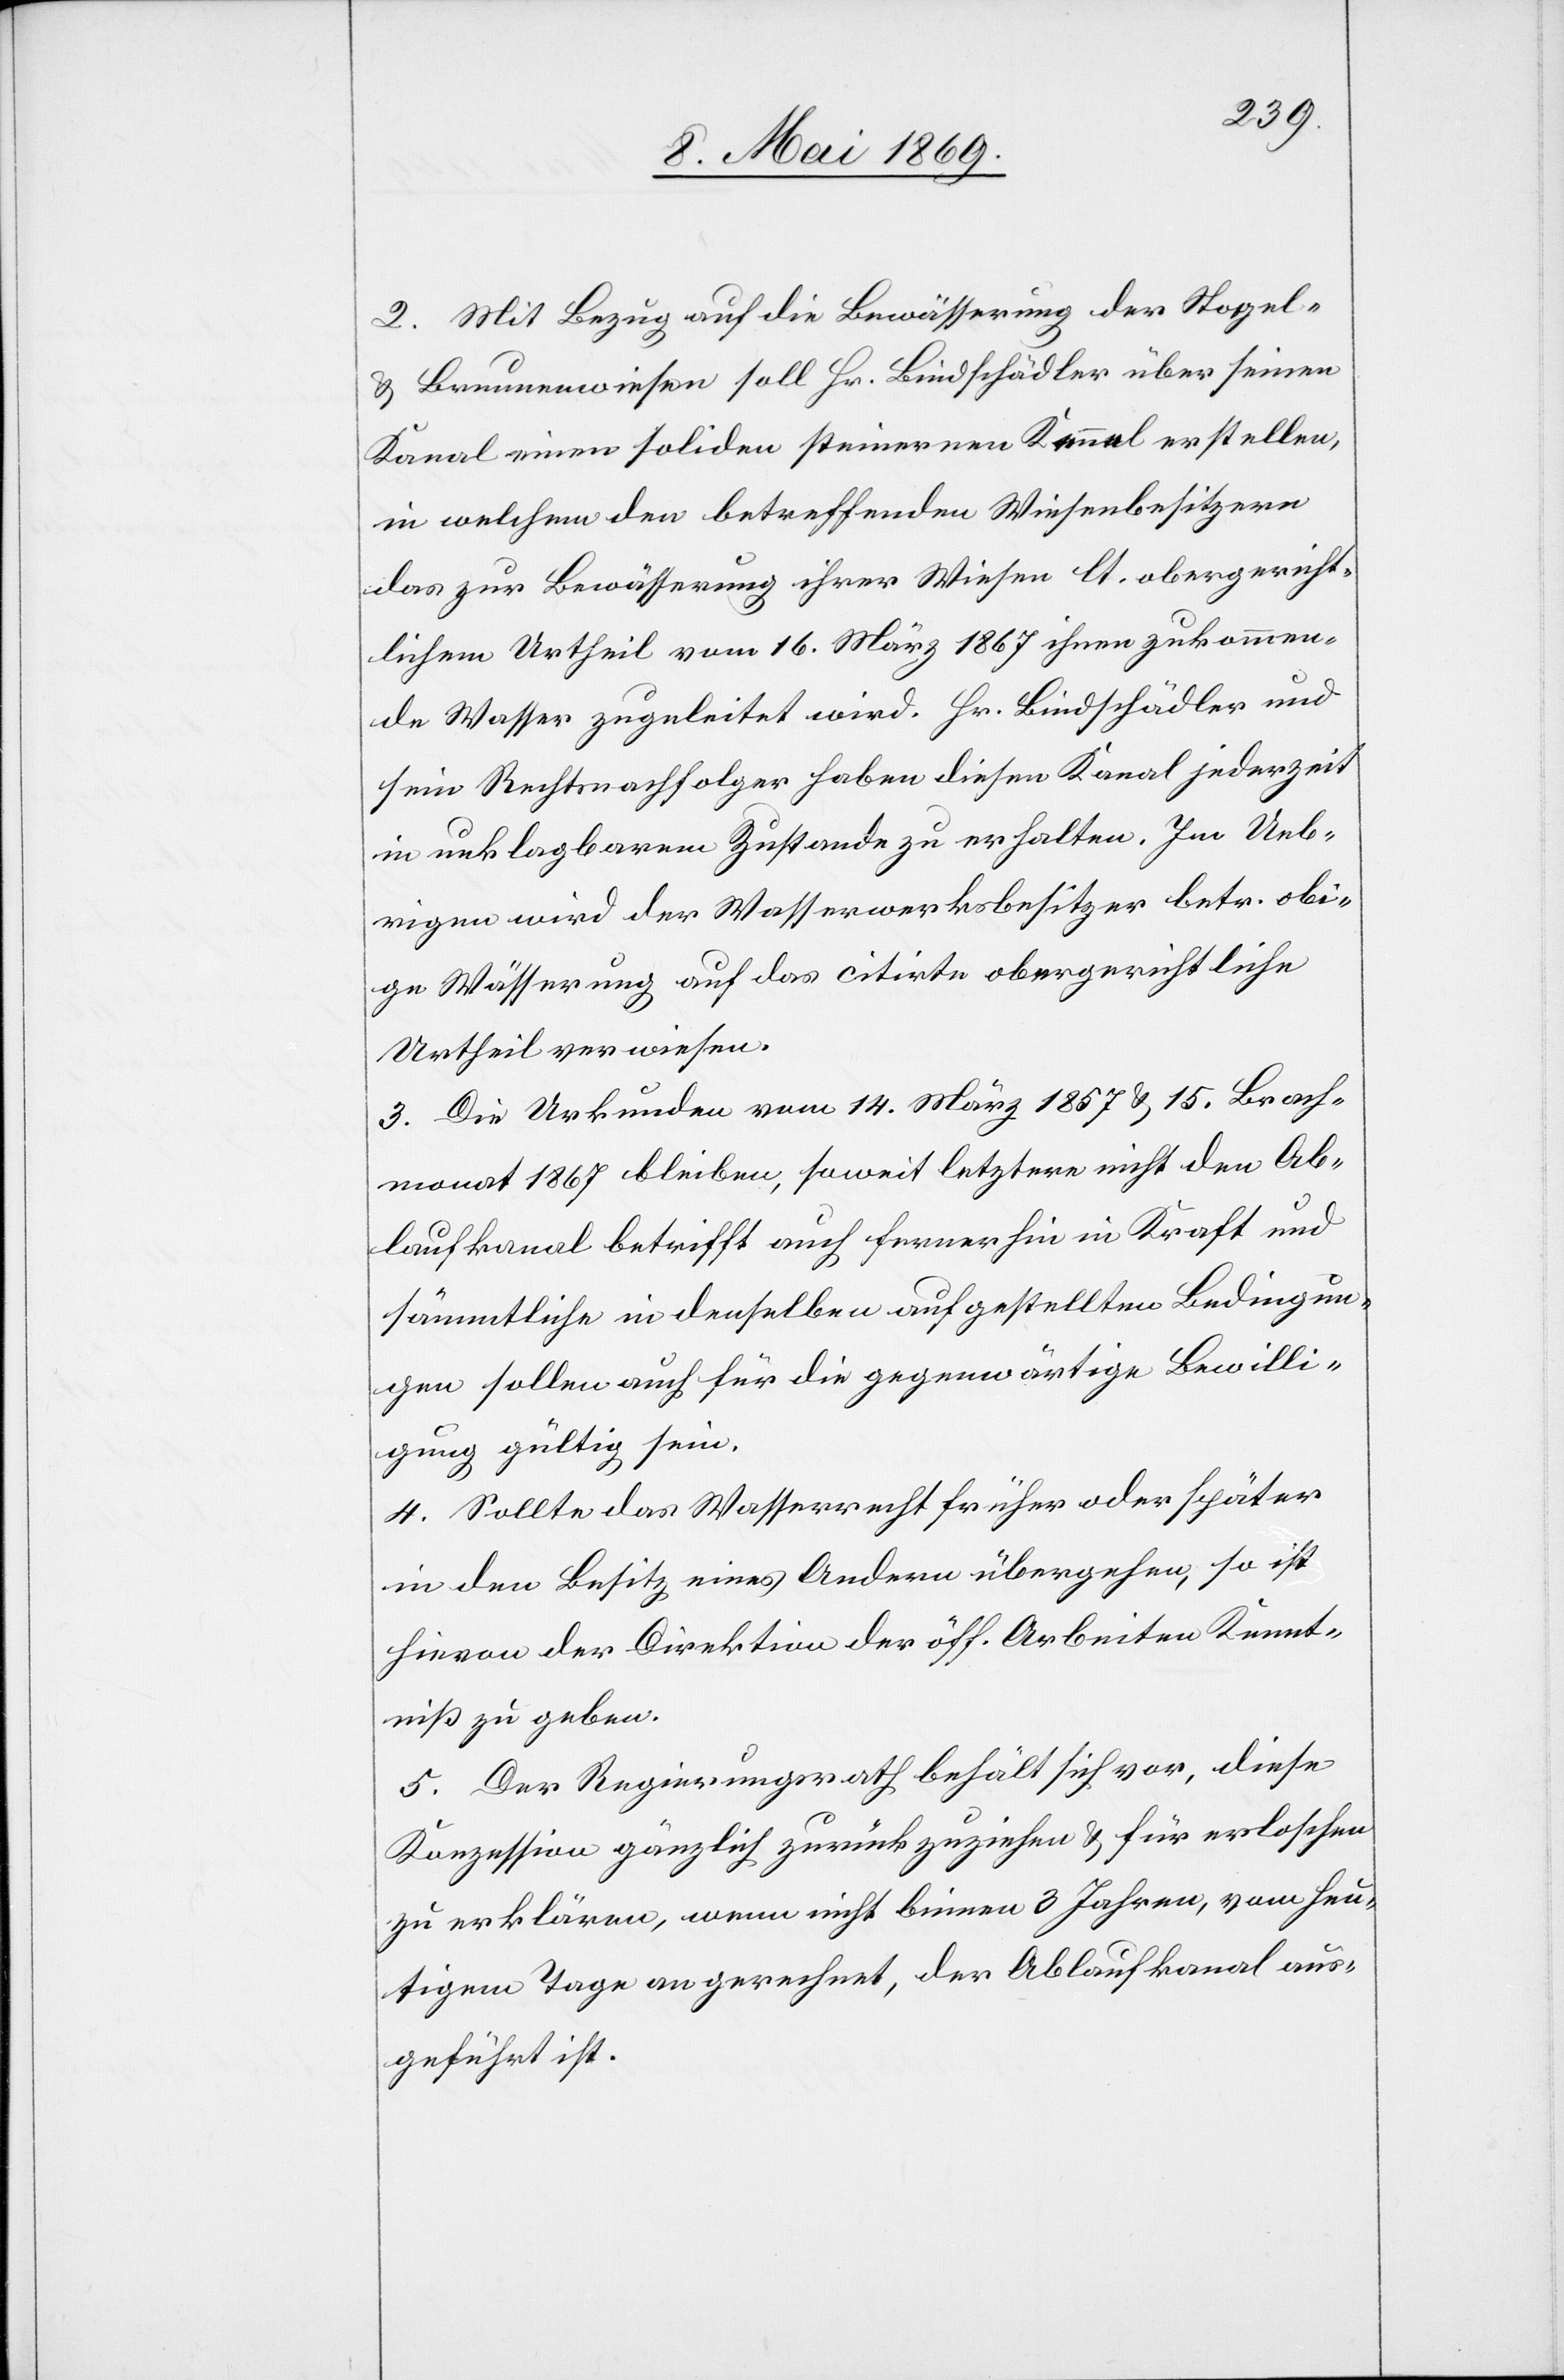
2. Mit Bezug auf die Bewässerung der Stogel-
u. Brunnenwiesen soll Hr. Bindschädler über seinen
Kanal einen soliden steinernen Kennel erstellen,
in welchem den betreffenden Wiesenbesitzern
das zur Bewässerung ihrer Wiesen lt. Obergericht¬
lichem Urtheil vom 16. März 1867 ihnen zukommen¬
de Wasser zugeleitet wird. Hr. Bindschädler und
sein Rechtsnachfolger haben diesen Kanal jederzeit
in unklagbarem Zustande zu erhalten. Im Ueb¬
rigen wird der Wasserwerksbesitzer betr. obi¬
ge Wässerung auf das citirte obergerichtliche
Urtheil verwiesen.
3. Die Urkunden vom 14. März 1857 u. 15. Brach¬
monat 1867 bleiben, soweit letztere nicht den Ab¬
laufkanal betrifft auch fernerhin in Kraft und
sämmtliche in denselben aufgestellten Bedingun¬
gen sollen auch für die gegenwärtige Bewilli¬
gung gültig sein.
4. Sollte das Wasserrecht früher oder später
in den Besitz eines Andern übergehen, so ist
hievon der Direktion der öff. Arbeiten Kennt¬
niß zu geben.
5. Der Regierungsrath behält sich vor, diese
Konzession gänzlich zurückzuziehen u. für erloschen
zu erklären, wenn nicht binnen 3 Jahren, vom heu¬
tigen Tage an gerechnet, der Ablaufkanal aus¬
geführt ist.